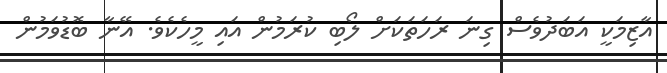
އާޒިމަކީ އަބަދުވެސް ގިނަ ރަހަތަކަށް ލޯބި ކުރަމުން އައި މީހެކެވެ. އޭނާ ބޮޑުވަމުން